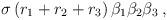
LaTeX: \begin{align*}\sigma \, (r_1 + r_2 + r_3) \, {\beta}_1 {\beta}_2 {\beta}_3 \> ,\end{align*}